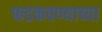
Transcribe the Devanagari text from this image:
फडकवण्याच्या